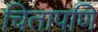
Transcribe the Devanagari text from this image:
चितापणि